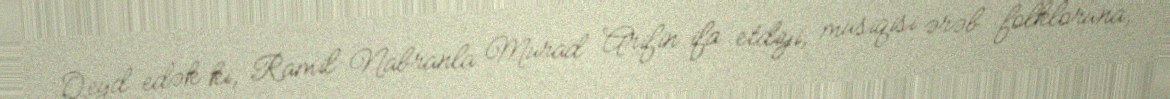
Qeyd edək ki, Ramil Nabranla Murad Arifin ifa etdiyi, musiqisi ərəb folkloruna,